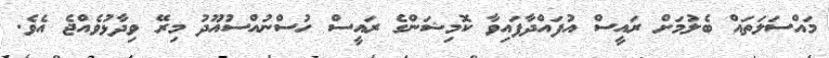
މައްސަލަތައް ބެލުމަށް ރައީސް އުފައްދާފައިވާ ކޮމިޝަންގެ ރައީސް ހުސްނުއްސުއޫދު މިރޭ ވިދާޅުވެއްޖެ އެވެ.